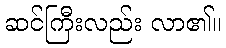
ဆင်ကြီးလည်း လာ၏။